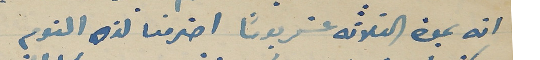
انه بمدة الثلاثة عشريوماً اخرمنا لذه النوم